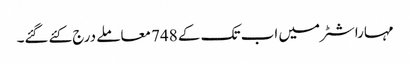
مہاراشٹر میں اب تک کے 748 معاملے درج کئےگئے۔